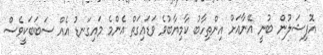
އޮފިޝަލުން ބުނީ އޭނާއަށް އިންތިހާބު ކާމިޔާބުވެ ވަޑައިގަތް އެންމެ މައިގަނޑު އެއް ސަބަބަކީވެސް